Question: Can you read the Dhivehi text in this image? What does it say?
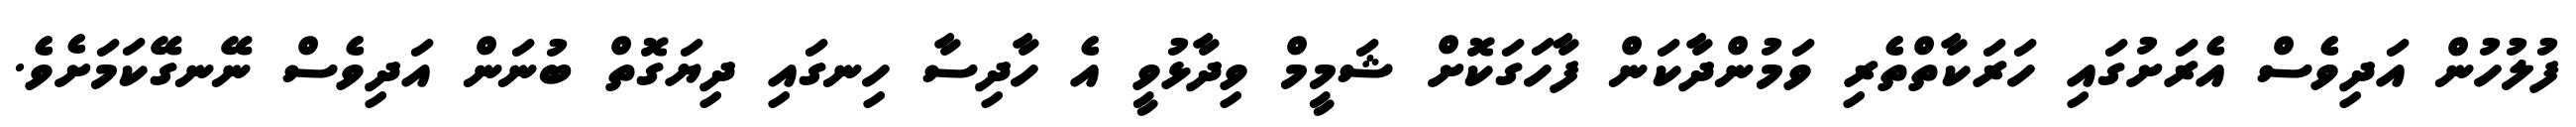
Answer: ފުލުހުން އަދިވެސް އެރަށުގައި ހަރަކާތްތެރި ވަމުންދާކަން ފާހަގަކޮށް ޝަމީމް ވިދާޅުވީ އެ ހާދިސާ ހިނގައި ދިޔަގޮތް ބުނަން އަދިވެސް ނޭނގޭކަމަށެވެ.